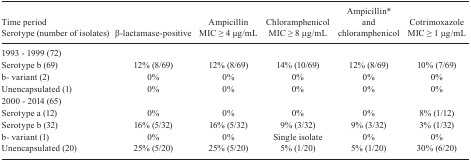
<table><thead><tr><td><b>Time period Serotype (number of isolates)</b></td><td><b>β-lactamase-positive</b></td><td><b>Ampicillin MIC ≥ 4 μg/mL</b></td><td><b>Chloramphenicol MIC ≥ 8 μg/mL</b></td><td><b>Ampicillin<i>*</i> and chloramphenicol</b></td><td><b>Cotrimoxazole MIC ≥ 1 μg/mL</b></td></tr></thead><tbody><tr><td colspan="6">1993 - 1999 (72)</td></tr><tr><td>Serotype b (69)</td><td>12% (8/69)</td><td>12% (8/69)</td><td>14% (10/69)</td><td>12% (8/69)</td><td>10% (7/69)</td></tr><tr><td>b- variant (2)</td><td>0%</td><td>0%</td><td>0%</td><td>0%</td><td>0%</td></tr><tr><td>Unencapsulated (1)</td><td>0%</td><td>0%</td><td>0%</td><td>0%</td><td>0%</td></tr><tr><td colspan="6">2000 - 2014 (65)</td></tr><tr><td>Serotype a (12)</td><td>0%</td><td>0%</td><td>0%</td><td>0%</td><td>8% (1/12)</td></tr><tr><td>Serotype b (32)</td><td>16% (5/32)</td><td>16% (5/32)</td><td>9% (3/32)</td><td>9% (3/32)</td><td>3% (1/32)</td></tr><tr><td>b- variant (1)</td><td>0%</td><td>0%</td><td>Single isolate</td><td>0%</td><td>0%</td></tr><tr><td>Unencapsulated (20)</td><td>25% (5/20)</td><td>25% (5/20)</td><td>5% (1/20)</td><td>5% (1/20)</td><td>30% (6/20)</td></tr></tbody></table>